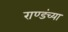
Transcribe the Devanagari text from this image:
राण्डंच्या